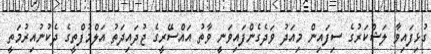
ގުޅިފައިވާ ލަޝްކަރުގެ ސިފައިން މިއަދު ވަދެގެންފައިވަނީ ވާތު އައްސޭރީގެ ޖުދައިދަތު އަލްމުފްތީގެ ދެކުނުއިރުމަތީ